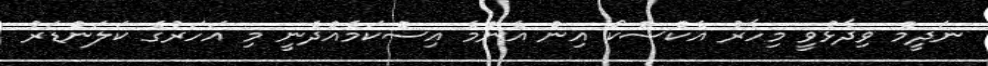
ނަދީމް ވިދާޅުވީ މިހާރު އެކްސްކޯ އިން އެންމެ އިސްކަމެއްދެނީ މި އަހަރުގެ ކަލަންޑަރު